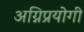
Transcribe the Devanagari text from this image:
अग्निप्रयोगी